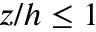
z / h \leq 1